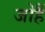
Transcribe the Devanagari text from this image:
जोहैं